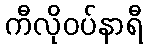
ကီလိုဝပ်နာရီ